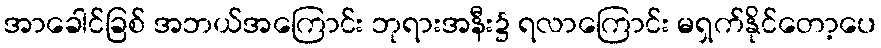
အာခေါင်ခြစ် အဘယ်အကြောင်း ဘုရားအနီး၌ ရလာကြောင်း မရှက်နိုင်တော့ပေ